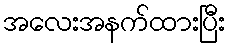
အလေးအနက်ထားပြီး